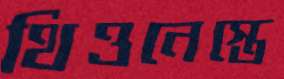
থিওনেস্তে